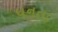
ધનતા